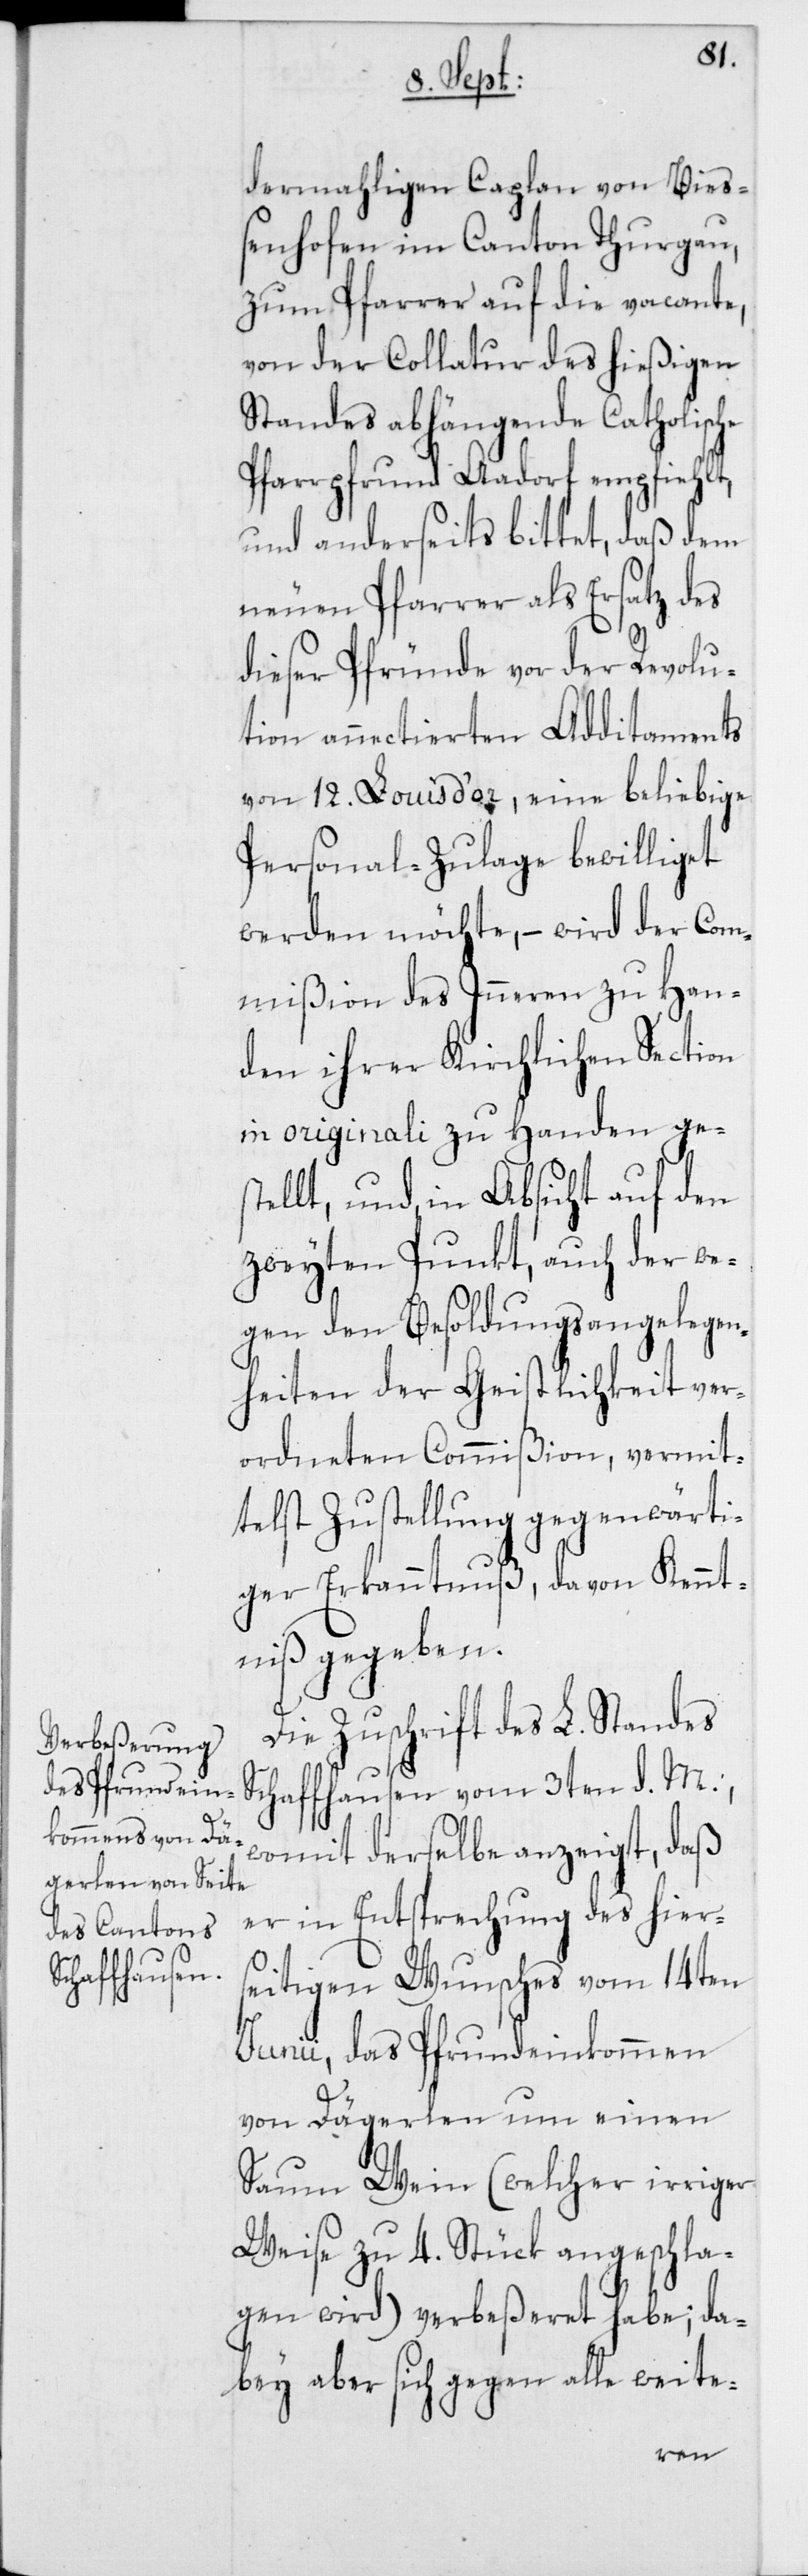
dermahligen Caplan von Bieß¬
enhofen im Canton Thurgau,
zum Pfarrer auf die vacante,
von der Collatur des hießigen
Standes abhängende Catholische
Pfarrpfrund Aadorf empfiehlt,
und anderseits bittet, daß dem
neuen Pfarrer als Ersatz des
dieser Pfründe vor der Revolu¬
tion annectierten Additaments
von 12. Louis d’or, eine beliebige
Personal-Zulage bewilliget
werden möchte, – wird der Com¬
mißion des Inneren zu Han¬
den ihrer Kirchlichen Section
in originali zu Handen ges¬
tellt, und in Absicht auf den
zweyten Punkt, auch der we¬
gen den Besoldungsangelegen¬
heiten der Geistlichkeit ver¬
ordneten Commißion, vermit¬
telst Zustellung gegenwärti¬
ger Erkanntnuß, davon Kennt¬
niß gegeben.
Die Zuschrift des L. Standes
Schaffhausen vom 3ten d. M.,
womit derselbe anzeigt, daß
er in Entsprechung des hier¬
seitigen Wunsches vom 14ten
Junii, das Pfrundeinkommen
von Dägerlen um einen
Saum Wein (welcher irriger
Weise zu 4. Stück angeschla¬
gen wird) verbeßeret habe; da¬
bey aber sich gegen alle weite-